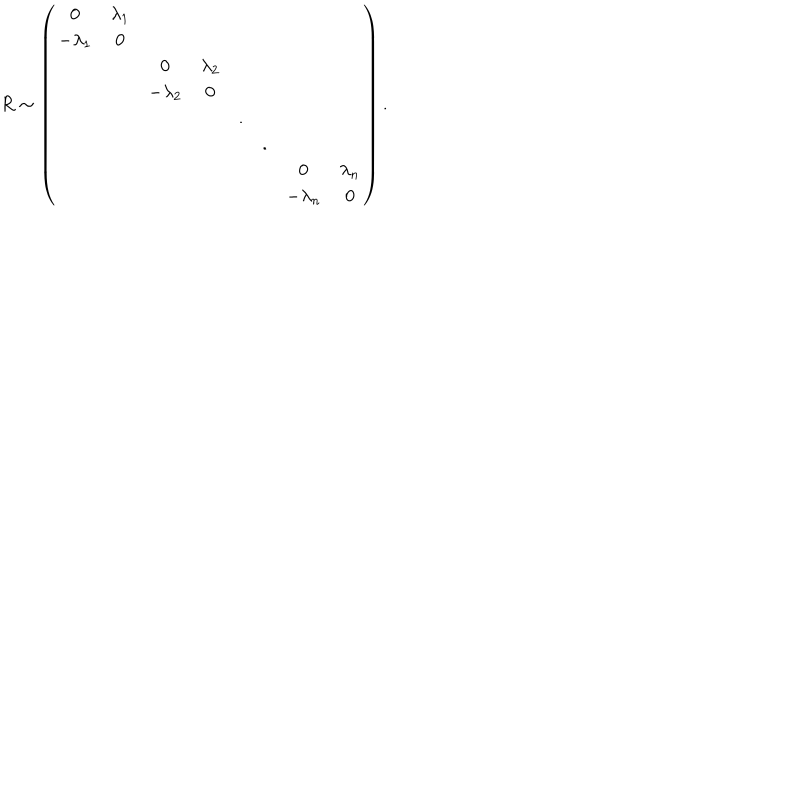
LaTeX: R \sim \left( \begin{matrix} { { 0 } } & { { \lambda _ { 1 } } } & { { } } & { { } } & { { } } & { { } } & { { } } & { { } } \\ { { - \lambda _ { 1 } } } & { { 0 } } & { { } } & { { } } & { { } } & { { } } & { { } } & { { } } \\ { { } } & { { } } & { { 0 } } & { { \lambda _ { 2 } } } & { { } } & { { } } & { { } } & { { } } \\ { { } } & { { } } & { { - \lambda _ { 2 } } } & { { 0 } } & { { } } & { { } } & { { } } & { { } } \\ { { } } & { { } } & { { } } & { { } } & { { . } } & { { } } & { { } } & { { } } \\ { { } } & { { } } & { { } } & { { } } & { { } } & { { . } } & { { } } & { { } } \\ { { } } & { { } } & { { } } & { { } } & { { } } & { { } } & { { 0 } } & { { \lambda _ { n } } } \\ { { } } & { { } } & { { } } & { { } } & { { } } & { { } } & { { - \lambda _ { n } } } & { { 0 } } \\ \end{matrix} \right) .